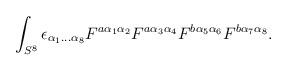
LaTeX: \begin{align*}\int_{S^{8}}\epsilon _{\alpha _{1}\ldots \alpha _{8}}F^{a\alpha _{1}\alpha_{2}}F^{a\alpha _{3}\alpha _{4}}F^{b\alpha _{5}\alpha _{6}}F^{b\alpha_{7}\alpha _{8}}.\end{align*}